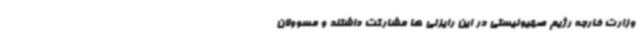
وزارت خارجه رژیم صهیونیستی در این رایزنی ها مشارکت داشتند و مسوولان